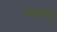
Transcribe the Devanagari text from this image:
घसकर